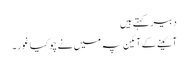
دبیر کہتے ہیں
آئینے کے آئین پہ میں نے چوکیا غور ۔